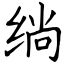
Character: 绱